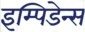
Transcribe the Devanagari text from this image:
इम्पिडेन्स